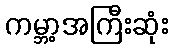
ကမ္ဘာ့အကြီးဆုံး